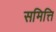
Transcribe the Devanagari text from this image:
समित्ति